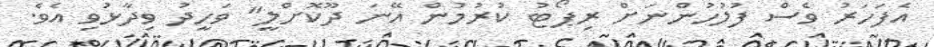
އެފަހަރު ވެސް ފުލުހުންނަށް ރިޕޯޓު ކުރުމުން އޭނަ ދޫކޮށްލީ" ވަހީދު ވިދާޅުވި އެވެ.